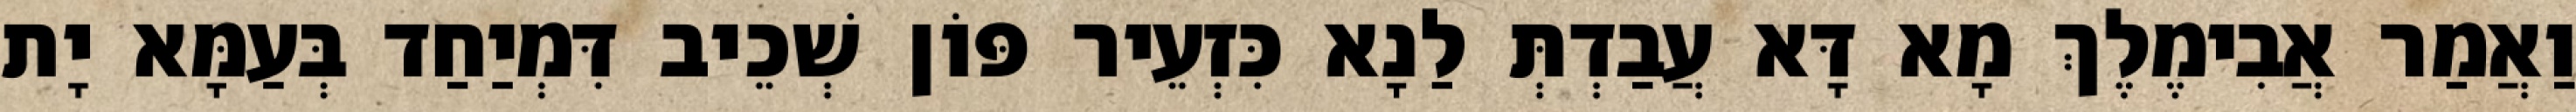
וַאֲמַר אֲבִימֶלֶךְ מָא דָּא עֲבַדְתְּ לַנָא כִּזְעֵיר פּוֹן שְׁכֵיב דִּמְיַחַד בְּעַמָּא יָת